Report of the Indian Hemp Drugs Commission, 1894-1895 - Volume V
Year: 1894
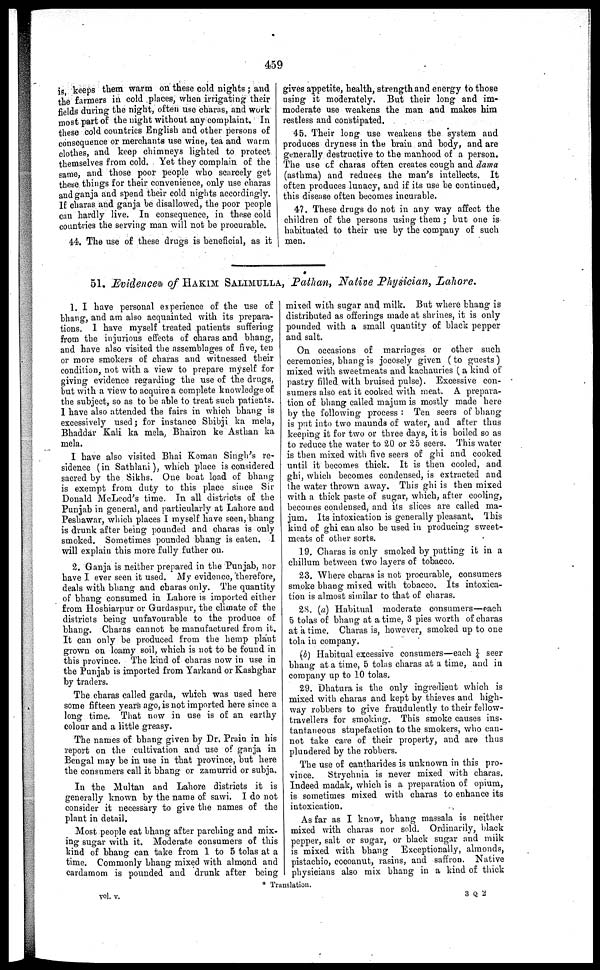
is, keeps them warm on these cold nights ; and
the farmers in cold places, when irrigating their
fields during the night, often use charas, and work
most part of the night without any complaint. In
these cold countries English and other persons of
consequence or merchants use wine, tea and warm
clothes, and keep chimneys lighted to protect
themselves from cold. Yet they complain of the
same, and those poor people who scarcely get
these things for their convenience, only use charas
and ganja and spend their cold nights accordingly.
If charas and ganja be disallowed, the poor people
can hardly live. In consequence, in these cold
countries the serving man will not be procurable.
44. The use of these drugs is beneficial, as it
gives appetite, health, strength and energy to those
using it moderately. But their long and im-
moderate use weakens the man and makes him
restless and constipated.
45. Their long use weakens the system and
produces dryness in the brain and body, and are
generally destructive to the manhood of a person.
The use of charas often creates cough and dama
(asthma) and reduces the man's intellects. It
often produces lunacy, and if its use be continued,
this disease often becomes incurable.
47. These drugs do not in any way affect the
children of the persons using them ; but one is
habituated to their use by the company of such
men.
51. Evidence* of HAKIM SALIMULLA, Pathan, Native Physician, Lahore.
1. I have personal experience of the use of
bhang, and am also acquainted with its prepara-
tions. I have myself treated patients suffering
from the injurious effects of charas and bhang,
and have also visited the assemblages of five, ten
or more smokers of charas and witnessed their
condition, not with a view to prepare myself for
giving evidence regarding the use of the drugs,
but with a view to acquire a complete knowledge of
the subject, so as to be able to treat such patients.
I have also attended the fairs in which bhang is
excessively used; for instance Shibji ka mela,
Bhaddar Kali ka mela, Bhairon ke Asthan ka
mela.
I have also visited Bhai Koman Singh's re-
sidence (in Sathlani), which place is considered
sacred by the Sikhs. One boat load of bhang
is exempt from duty to this place since Sir
Donald McLeod's time. In all districts of the
Punjab in general, and particularly at Lahore and
Peshawar, which places I myself have seen, bhang
is drunk after being pounded and charas is only
smoked. Sometimes pounded bhang is eaten. I
will explain this more fully futher on.
2. Ganja is neither prepared in the Punjab, nor
have I ever seen it used. My evidence, therefore,
deals with bhang and charas only. The quantity
of bhang consumed in Lahore is imported either
from Hoshiarpur or Gurdaspur, the climate of the
districts being unfavourable to the produce of
bhang. Charas cannot be manufactured from it
It can only be produced from the hemp plant
grown on loamy soil, which is not to be found in
this province. The kind of charas now in use in
the Punjab is imported from Yarkand or Kashghar
by traders.
The charas called garda, which was used here
some fifteen years ago, is not imported here since a
long time. That now in use is of an earthy
colour and a little greasy.
The names of bhang given by Dr. Prain in his
report on the cultivation and use of ganja in
Bengal may be in use in that province, but here
the consumers call it bhang or zamurrid or subja.
In the Multan and Lahore districts it is
generally known by the name of sawi. I do not
consider it necessary to give the names of the
plant in detail.
Most people eat bhang after parching and mix-
ing sugar with it. Moderate consumers of this
kind of bhang can take from 1 to 5 tolas at a
time. Commonly bhang mixed with almond and
cardamom is pounded and drunk after being
mixed with sugar and milk. But where bhang is
distributed as offerings made at shrines, it is only
pounded with a small quantity of black pepper
and salt.
On occasions of marriages or other such
ceremonies, bhang is jocosely given (to guests)
mixed with sweetmeats and kachauries (a kind of
pastry filled with bruised pulse). Excessive con-
sumers also eat it cooked with meat. A prepara-
tion of bhang called majum is mostly made here
by the following process : Ten seers of bhang
is put into two maunds of water, and after thus
keeping it for two or three days, it is boiled so as
to reduce the water to 20 or 25 seers. This water
is then mixed with five seers of ghi and cooked
until it becomes thick. It is then cooled, and
ghi, which becomes condensed, is extracted and
the water thrown away. This ghi is then mixed
with a thick paste of sugar, which, after cooling,
becomes condensed, and its slices are called ma-
jum. Its intoxication is generally pleasant, This
kind of ghi can also be used in producing sweet-
meats of other sorts.
19. Charas is only smoked by putting it in a
chillum between two layers of tobacco.
23. Where charas is not procurable, consumers
smoke bhang mixed with tobacco. Its intoxica-
tion is almost similar to that of charas.
28. (a) Habitual moderate consumers—each
5 tolas of bhang at a time, 3 pies worth of charas
at a time. Charas is, however, smoked up to one
tola in company.
(b) Habitual excessive consumers—each ¼ seer
bhang at a time, 5 tolas charas at a time, and in
company up to 10 tolas.
29. Dhatura is the only ingredient which is
mixed with charas and kept by thieves and high-
way robbers to give fraudulently to their fellow-
travellers for smoking. This smoke causes ins-
tantaneous stupefaction to the smokers, who can-
not take care of their property, and are thus
plundered by the robbers.
The use of cantharides is unknown in this pro-
vince. Strychnia is never mixed with charas.
Indeed madak, which is a preparation of opium,
is sometimes mixed with charas to enhance its
intoxication.
As far as I know, bhang massala is neither
mixed with charas nor sold. Ordinarily, black
pepper, salt or sugar, or black sugar and milk
is mixed with bhang Exceptionally, almonds,
pistachio, cocoanut, rasins, and saffron. Native
physicians also mix bhang in a kind of thick
* Translation.
vol. v.
3 Q 2